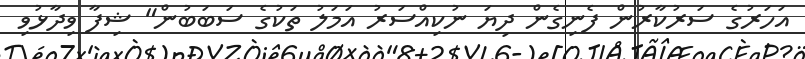
އަހަރުގެ ސަރުކާރުން ފެނިގެން ދިޔަ ނުކިއްސަރު އަމަލު ތަކުގެ ސަބަބުން" ޝިފާ ވިދާޅުވި